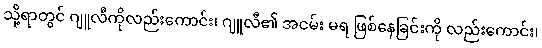
သို့ရာတွင် ဂျူလီကိုလည်းကောင်း၊ ဂျူလီ၏ အငမ်း မရ ဖြစ်နေခြင်းကို လည်းကောင်း၊